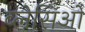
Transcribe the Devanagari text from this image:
ब्लेसिओ